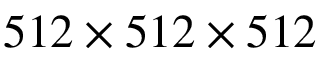
5 1 2 \times { 5 1 2 } \times { 5 1 2 }